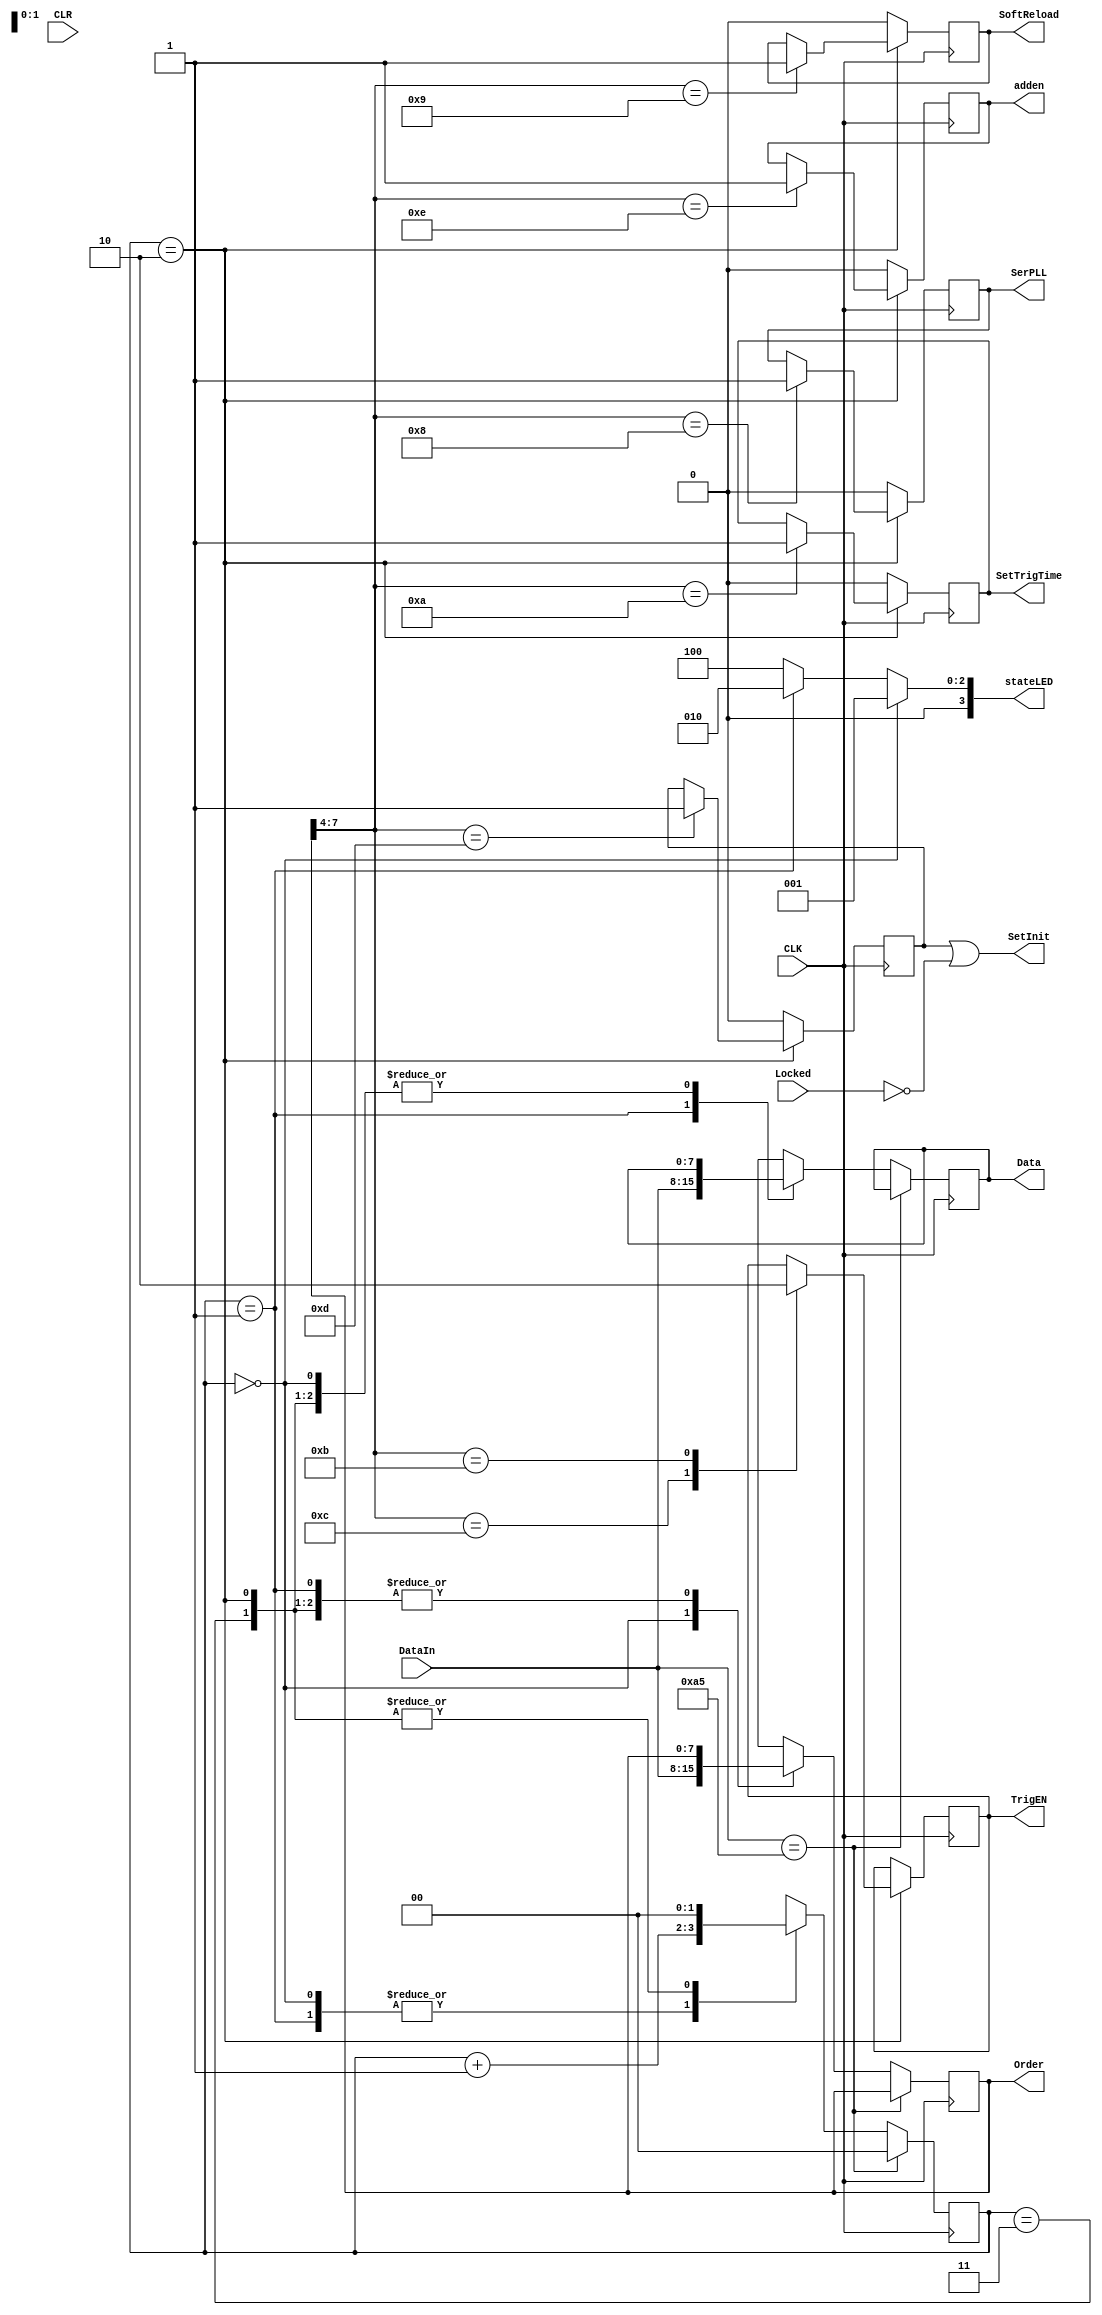
module Decode(DataIn,CLK,Locked,CLR,Order,Data,adden,SetInit,TrigEN,SetTrigTime,SoftReload,SerPLL,stateLED);

	input [7:0] DataIn;
	input CLK;
	input Locked;
	input CLR;
	
	reg [1:0] state;
	output reg [7:0] Order;
	output reg [7:0] Data;
	output reg adden;
	output reg SetInit;
	output reg TrigEN;
	output reg SetTrigTime;
	reg SetInit_S;
	output reg SoftReload;
	output reg SerPLL;
	output reg [3:0] stateLED;
	
	//state==0
	//WaitingMode
	//Receive the Order to state 1
	
	//state==1
	//Receive the Data to state 2
	
	//state==2 
	//Do it and wait 
	
	//Receive the END Signal 0xA5 to State 1;
	
	//state==3
	//Deadend
	//Goto state 0
	
	always @(posedge CLK) begin
		if(DataIn==8'hA5)begin
			state=0;
		end else begin
			case (state)
				0:begin
					Order=DataIn;
					state=state+1;
				end
				1:begin
					Data=DataIn;
					state=state+1;
				end
				2:begin
					state=0;
				end
				3:begin
					state=0;
				end
			endcase
		end
	end

	always begin
		if(state==0)
			stateLED=1;
		else if (state==1)
			stateLED=2;
		else
			stateLED=4;
	end
	
	//
	initial begin
		TrigEN=1;
		adden=0;
		SetInit_S=0;
		SetTrigTime=0;
		SoftReload=0;
		SerPLL=0;
	end
	
	always @(negedge CLK)begin
		if(state==2)begin
			//Decode Order;
			casex(Order)
				8'b11111111:begin
					//CLR ALL
				end
				8'b1110????:begin
					//Set Trigger	
					//L4 of Order would be address
					//L4 of Data would be TriggerCMD 
					adden=1;
				end
				8'b1101????:begin
					//Init Trigger
					SetInit_S=1;
				end
				8'b1100????:begin
					//Enable the Trigger
					TrigEN=1;
					
				end
				8'b1011????:begin
					//Disable the Trigger
					TrigEN=0;
				end
				8'b1010????:begin
					
					SetTrigTime=1;
				end
				8'b1001????:begin
					SoftReload=1;
				end
				8'b1000????:begin
					SerPLL=1;
				end
			endcase
		end else begin
			adden=0;
			SetInit_S=0;
			SetTrigTime=0;
			SoftReload=0;
			SerPLL=0;
		end
	end
	
	always begin
		SetInit=SetInit_S || (!Locked);
	end
	
	
endmodule